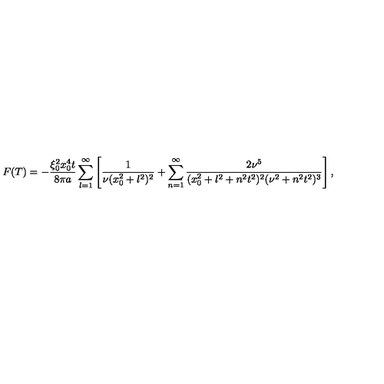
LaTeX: F ( T ) = - \frac { \xi _ { 0 } ^ { 2 } x _ { 0 } ^ { 4 } t } { 8 \pi a } \sum _ { l = 1 } ^ { \infty } \left[ \frac 1 { \nu ( x _ { 0 } ^ { 2 } + l ^ { 2 } ) ^ { 2 } } + \sum _ { n = 1 } ^ { \infty } \frac { 2 \nu ^ { 5 } } { ( x _ { 0 } ^ { 2 } + l ^ { 2 } + n ^ { 2 } t ^ { 2 } ) ^ { 2 } ( \nu ^ { 2 } + n ^ { 2 } t ^ { 2 } ) ^ { 3 } } \right] ,